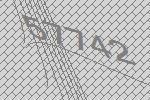
57742